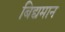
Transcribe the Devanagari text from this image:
बिद्यमान